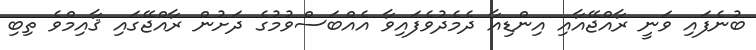
ބުނެފައި ވަނީ ރާއްޖޭއާއި އިންޑިއާ ދެމެދުވެފައިވާ އެއްބަސްވުމުގެ ދަށުން ރާއްޖޭގައި ޤާއިމްވެ ތިބި